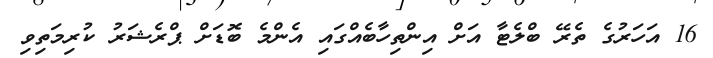
16 އަހަރުގެ ތެރޭ ބްލެޓާ އަށް އިންތިހާބެއްގައި އެންމެ ބޮޑަށް ޕްރެޝަރު ކުރިމަތިވި